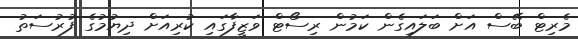
މެރިޓް ބޭސް އަށް ބަލައިގެން ކަމުން ރިސޯޓް ވަޒީފާގައި ކުރިއަށް ދިޔުމުގެ ފުރުސަތު